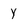
Character: Y